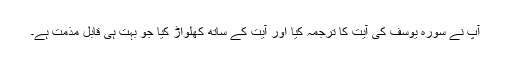
آپ نے سورہ یوسف کی آیت کا ترجمہ کیا اور آیت کے ساتھ کھلواڑ کیا جو بہت ہی قابل مذمت ہے۔